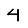
Digit: 4